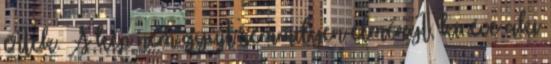
értek. A kép nem gyújt semmilyen élményt, kivéve aki